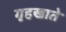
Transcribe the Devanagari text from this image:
गृहखाते